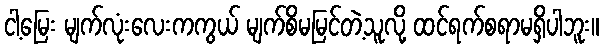
ငါ့မြေး မျက်လုံးလေးကကွယ် မျက်စိမမြင်တဲ့သူလို့ ထင်ရက်စရာမရှိပါဘူး။